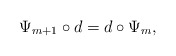
\begin{align*} \Psi_{m+1}\circ d = d\circ \Psi_m, \end{align*}